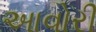
આવોરી